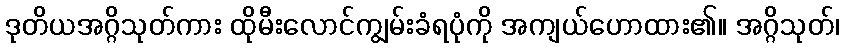
ဒုတိယအဂ္ဂိသုတ်ကား ထိုမီးလောင်ကျွမ်းခံရပုံကို အကျယ်ဟောထား၏။ အဂ္ဂိသုတ်၊